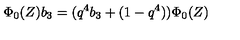
\Phi _ { 0 } ( Z ) b _ { 3 } = ( q ^ { 4 } b _ { 3 } + ( 1 - q ^ { 4 } ) ) \Phi _ { 0 } ( Z )